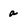
Character: a